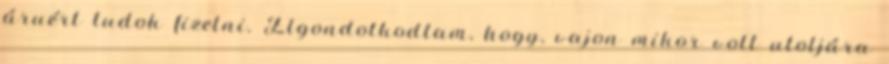
áruért tudok fizetni. Elgondolkodtam, hogy, vajon mikor volt utoljára